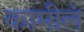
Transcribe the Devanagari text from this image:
कामीलं